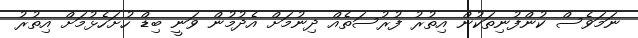
ނަމަވެސް ކުންފުނިތަކުން އިތުރު ފުރުސަތެއް ދިނުމަށް އެދުމުން ވަނީ ބިޑް ހުށަހެޅުމަށް އިތުރު